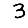
Digit: 3